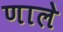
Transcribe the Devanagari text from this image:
णाले